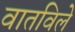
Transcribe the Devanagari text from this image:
वातविले